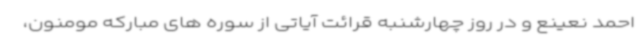
احمد نعینع و در روز چهارشنبه قرائت آیاتی از سوره های مبارکه مومنون،